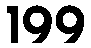
199